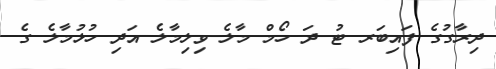
ދިރާގުގެ ފައިބަރ ޓު ދަ ހޯމް މާލެ ވިލިމާލެ އަދި ހުޅުމާލެ ގެ